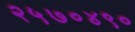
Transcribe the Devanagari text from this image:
२५७०४९०